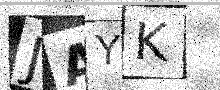
Text: JAYK